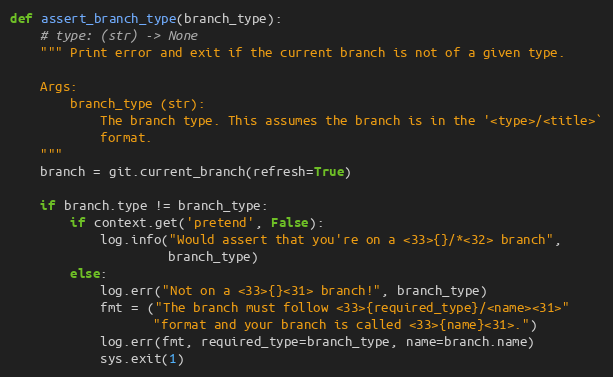
Language: Python
def assert_branch_type(branch_type):
    # type: (str) -> None
    """ Print error and exit if the current branch is not of a given type.

    Args:
        branch_type (str):
            The branch type. This assumes the branch is in the '<type>/<title>`
            format.
    """
    branch = git.current_branch(refresh=True)

    if branch.type != branch_type:
        if context.get('pretend', False):
            log.info("Would assert that you're on a <33>{}/*<32> branch",
                     branch_type)
        else:
            log.err("Not on a <33>{}<31> branch!", branch_type)
            fmt = ("The branch must follow <33>{required_type}/<name><31>"
                   "format and your branch is called <33>{name}<31>.")
            log.err(fmt, required_type=branch_type, name=branch.name)
            sys.exit(1)